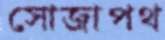
সোজাপথ